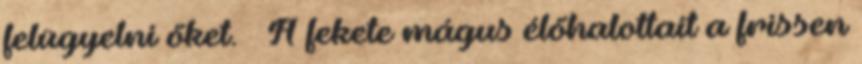
felügyelni őket. – A fekete mágus élőhalottait a frissen